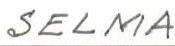
SELMA